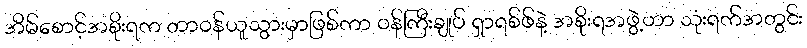
အိမ်စောင့်အစိုးရက တာဝန်ယူသွားမှာဖြစ်ကာ ဝန်ကြီးချုပ် ရှာရစ်ဖ်နဲ့ အစိုးရအဖွဲ့ဟာ သုံးရက်အတွင်း